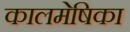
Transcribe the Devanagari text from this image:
कालमेषिका